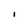
Character: i